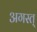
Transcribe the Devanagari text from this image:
अगस्त्